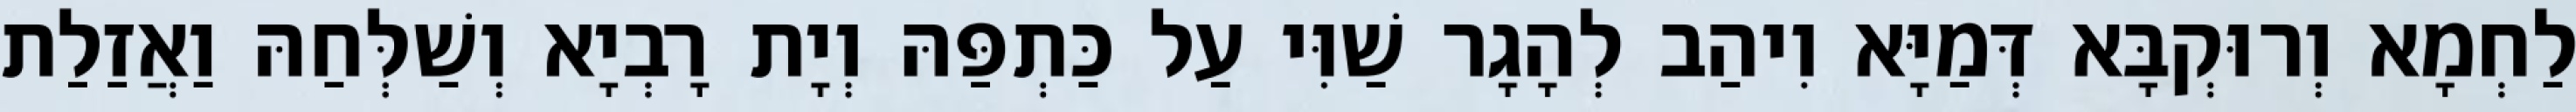
לַחְמָא וְרוּקְבָּא דְּמַיָּא וִיהַב לְהָגָר שַׁוִּי עַל כַּתְפַּהּ וְיָת רָבְיָא וְשַׁלְּחַהּ וַאֲזַלַת